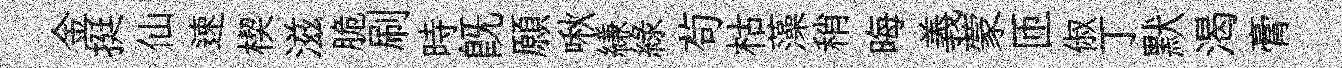
金挺仙速楔滋脆刷時旣願啾縑綠茍枯藻稍晦義蒙匝俶丁默渴膏